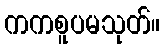
ကကစူပမသုတ်။